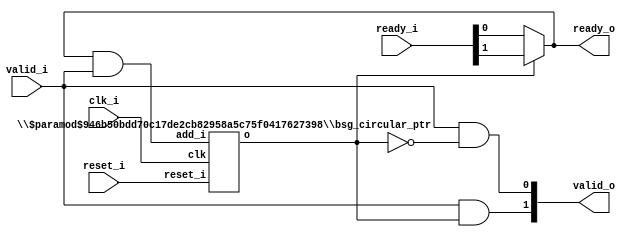
// This program was cloned from: https://github.com/chipsalliance/synlig
// License: Apache License 2.0

/* Generated by Yosys 0.27+9 (git sha1 101d19bb6, gcc 11.2.0-7ubuntu2 -fPIC -Os) */


module \$paramod$946b50bdd70c17de2cb82958a5c75f0417627398\bsg_circular_ptr (clk, reset_i, add_i, o, n_o);
  
  input add_i;
  wire add_i;
  
  input clk;
  wire clk;
  
  output n_o;
  wire n_o;
  
  output o;
  wire o;
  
  wire ptr_n;
  
  reg ptr_r;
  
  input reset_i;
  wire reset_i;
  assign n_o = add_i ^ ptr_r;
  (* \always_ff  = 32'd1 *)
  
  always @(posedge clk)
    if (reset_i) ptr_r <= 1'h0;
    else ptr_r <= n_o;
  assign o = ptr_r;
  assign ptr_n = n_o;
endmodule

(* top =  1  *)

module bsg_round_robin_1_to_n(clk_i, reset_i, valid_i, ready_o, valid_o, ready_i);
  
  input clk_i;
  wire clk_i;
  
  wire \one_to_n.ptr_r ;
  
  wire \one_to_n.yumi_i ;
  
  input [1:0] ready_i;
  wire [1:0] ready_i;
  
  output ready_o;
  wire ready_o;
  
  input reset_i;
  wire reset_i;
  
  input valid_i;
  wire valid_i;
  
  output [1:0] valid_o;
  wire [1:0] valid_o;
  assign ready_o = \one_to_n.ptr_r  ? ready_i[1] : ready_i[0];
  assign \one_to_n.yumi_i  = ready_o & valid_i;
  assign valid_o[0] = valid_i & ~(\one_to_n.ptr_r );
  assign valid_o[1] = valid_i & \one_to_n.ptr_r ;
  (* module_not_derived = 32'd1 *)
  
  \$paramod$946b50bdd70c17de2cb82958a5c75f0417627398\bsg_circular_ptr  \one_to_n.circular_ptr  (
    .add_i(\one_to_n.yumi_i ),
    .clk(clk_i),
    .o(\one_to_n.ptr_r ),
    .reset_i(reset_i)
  );
endmodule